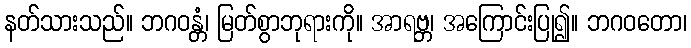
နတ်သားသည်။ ဘဂဝန္တံ၊ မြတ်စွာဘုရားကို။ အာရဗ္ဘ၊ အကြောင်းပြု၍။ ဘဂဝတော၊